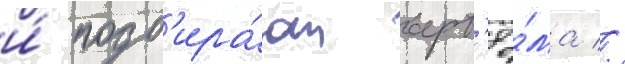
и́ подб'ира́ют арт'ё́ма //